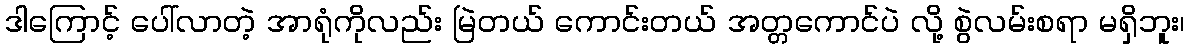
ဒါကြောင့် ပေါ်လာတဲ့ အာရုံကိုလည်း မြဲတယ် ကောင်းတယ် အတ္တကောင်ပဲ လို့ စွဲလမ်းစရာ မရှိဘူး၊